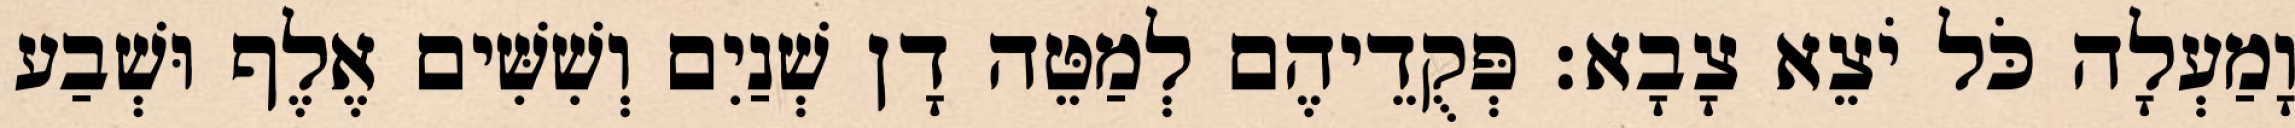
וָמַעְלָה כֹּל יֹצֵא צָבָא׃ פְּקֻדֵיהֶם לְמַטֵּה דָן שְׁנַיִם וְשִׁשִּׁים אֶלֶף וּשְׁבַע